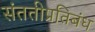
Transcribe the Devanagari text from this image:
संततीप्रतिबंध